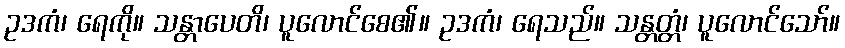
ဥဒကံ၊ ရေကို။ သန္တာပေတိ၊ ပူလောင်စေ၏။ ဥဒကံ၊ ရေသည်။ သန္တတ္တံ၊ ပူလောင်သော်။